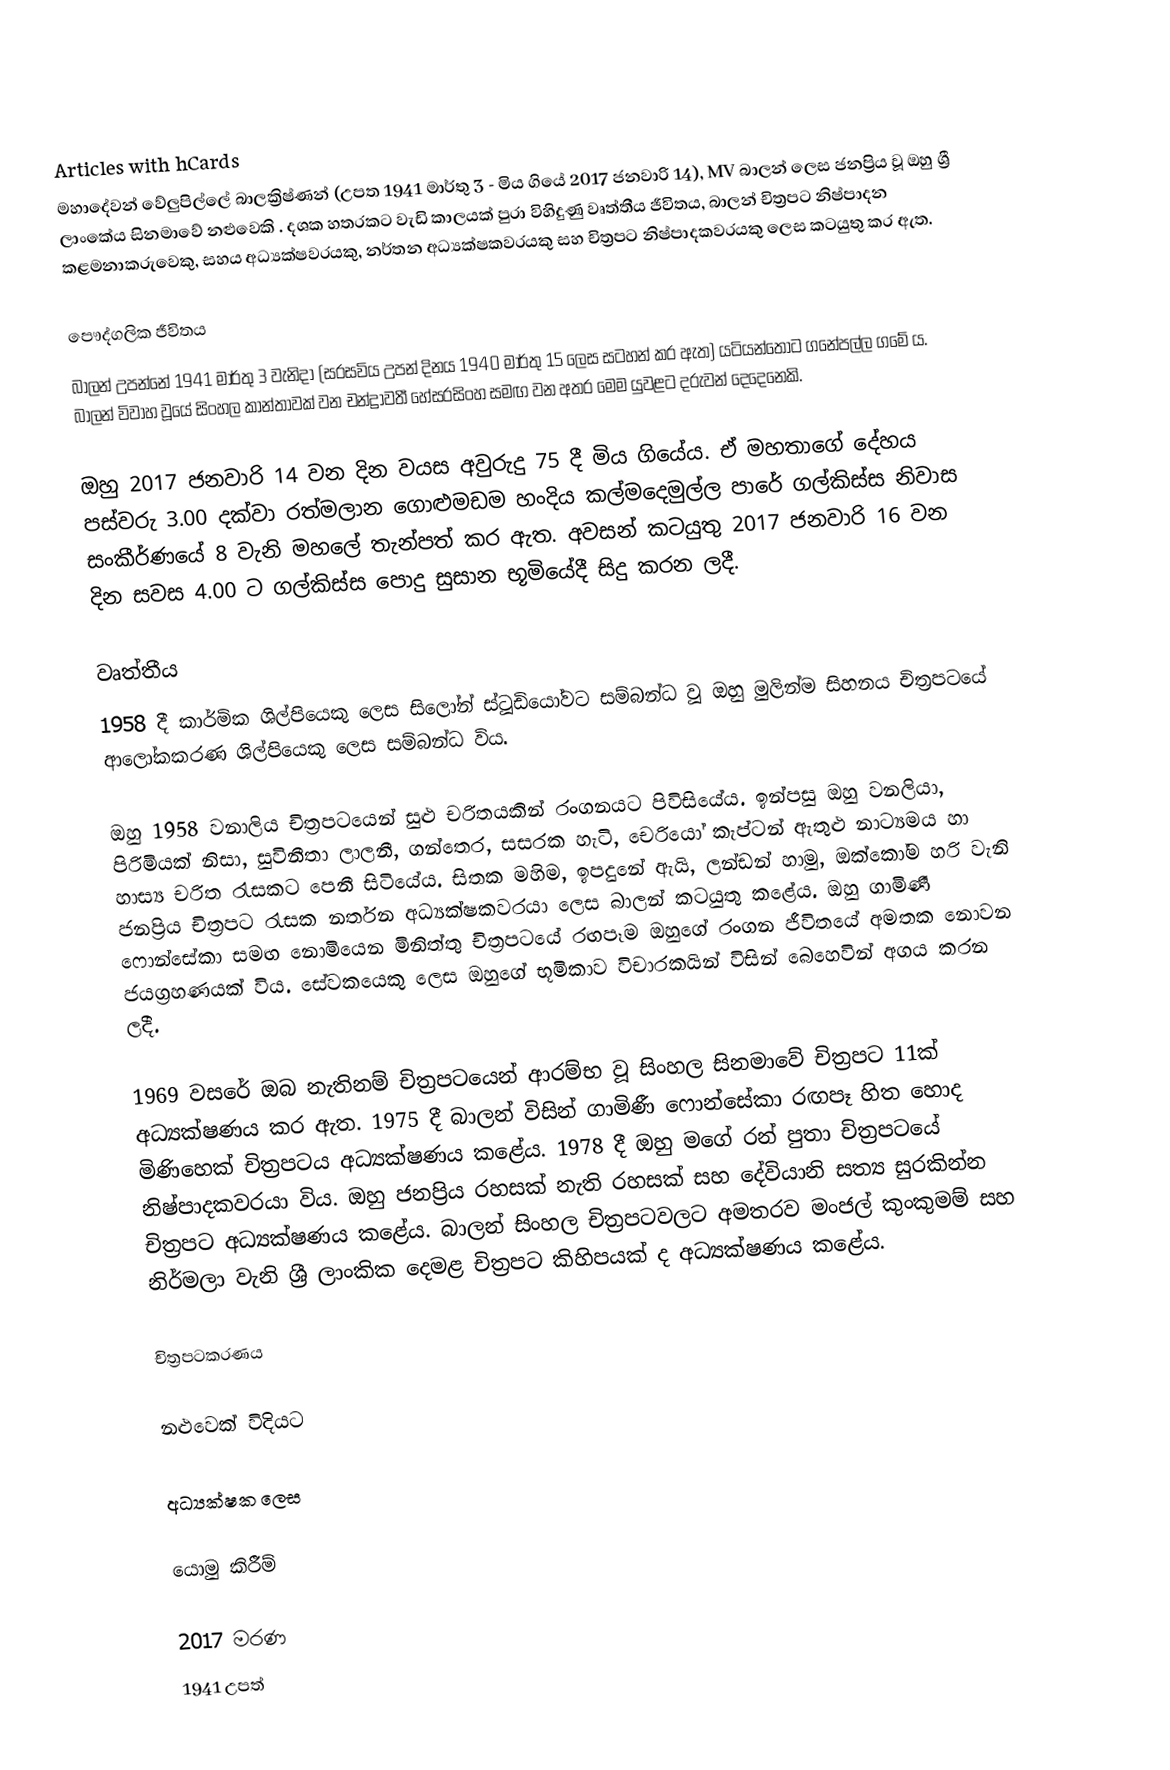
Articles with hCards
මහාදේවන් වේලුපිල්ලේ බාලක්‍රිෂ්ණන් (උපත 1941 මාර්තු 3 - මිය ගියේ 2017 ජනවාරි 14), MV බාලන් ලෙස ජනප්‍රිය වූ ඔහු ශ්‍රී ලාංකේය සිනමාවේ නළුවෙකි .  දශක හතරකට වැඩි කාලයක් පුරා විහිදුණු වෘත්තීය ජීවිතය, බාලන් චිත්‍රපට නිෂ්පාදන කළමනාකරුවෙකු, සහය අධ්‍යක්ෂවරයකු, නර්තන අධ්‍යක්ෂකවරයකු සහ චිත්‍රපට නිෂ්පාදකවරයකු ලෙස කටයුතු කර ඇත.

පෞද්ගලික ජීවිතය
බාලන් උපන්නේ 1941 මාර්තු 3 වැනිදා (සරසවිය උපන් දිනය 1940 මාර්තු 15 ලෙස සටහන් කර ඇත) යටියන්තොට ගනේපල්ල ගමේ ය. බාලන් විවාහ වූයේ සිංහල කාන්තාවක් වන චන්ද්‍රාවතී හේසරසිංහ සමඟ වන අතර මෙම යුවළට දරුවන් දෙදෙනෙකි.

ඔහු 2017 ජනවාරි 14 වන දින වයස අවුරුදු 75 දී මිය ගියේය. ඒ මහතාගේ දේහය පස්වරු 3.00 දක්වා රත්මලාන ගොළුමඩම හංදිය කල්මදෙමුල්ල පාරේ ගල්කිස්ස නිවාස සංකීර්ණයේ 8 වැනි මහලේ තැන්පත් කර ඇත. අවසන් කටයුතු 2017 ජනවාරි 16 වන දින සවස 4.00 ට ගල්කිස්ස පොදු සුසාන භූමියේදී සිදු කරන ලදී.

වෘත්තීය
1958 දී කාර්මික ශිල්පියෙකු ලෙස සිලෝන් ස්ටූඩියෝවට සම්බන්ධ වූ ඔහු මුලින්ම සිහනය චිත්‍රපටයේ ආලෝකකරණ ශිල්පියෙකු ලෙස සම්බන්ධ විය.

ඔහු 1958 වනාලිය චිත්‍රපටයෙන් සුළු චරිතයකින් රංගනයට පිවිසියේය. ඉන්පසු ඔහු වනලියා, පිරිමියක් නිසා, සුවිනීතා ලාලනී, ගන්තෙර, සසරක හැටි, චෙරියෝ කැප්ටන් ඇතුළු නාට්‍යමය හා හාස්‍ය චරිත රැසකට පෙනී සිටියේය.  සිතක මහිම, ඉපදුනේ ඇයි, ලන්ඩන් හාමු, ඔක්කෝම හරි වැනි ජනප්‍රිය චිත්‍රපට රැසක නර්තන අධ්‍යක්ෂකවරයා ලෙස බාලන් කටයුතු කළේය. ඔහු ගාමිණී ෆොන්සේකා සමඟ නොමියෙන මිනිත්තු චිත්‍රපටයේ රඟපෑම ඔහුගේ රංගන ජීවිතයේ අමතක නොවන ජයග්‍රහණයක් විය. සේවකයෙකු ලෙස ඔහුගේ භූමිකාව විචාරකයින් විසින් බෙහෙවින් අගය කරන ලදී.

1969 වසරේ ඔබ නැතිනම් චිත්‍රපටයෙන් ආරම්භ වූ සිංහල සිනමාවේ චිත්‍රපට 11ක් අධ්‍යක්ෂණය කර ඇත. 1975 දී බාලන් විසින් ගාමිණී ෆොන්සේකා රඟපෑ හිත හොද මිණිහෙක් චිත්‍රපටය අධ්‍යක්ෂණය කළේය. 1978 දී ඔහු මගේ රන් පුතා චිත්‍රපටයේ නිෂ්පාදකවරයා විය.  ඔහු ජනප්‍රිය රහසක් නැති රහසක් සහ දේවියානි සත්‍ය සුරකින්න චිත්‍රපට අධ්‍යක්ෂණය කළේය. බාලන් සිංහල චිත්‍රපටවලට අමතරව මංජල් කුංකුමම් සහ නිර්මලා වැනි ශ්‍රී ලාංකික දෙමළ චිත්‍රපට කිහිපයක් ද අධ්‍යක්ෂණය කළේය.

චිත්‍රපටකරණය

නළුවෙක් විදියට

අධ්‍යක්ෂක ලෙස

යොමු කිරීම්

2017 මරණ
1941 උපත්